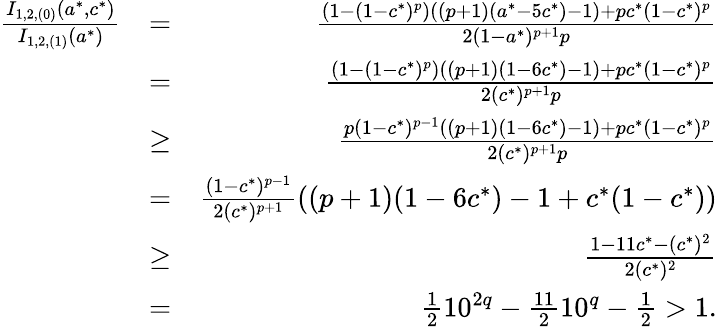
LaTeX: \begin{array}{rlr}{\frac{I_{1,2,(0)}(a^{*},c^{*})}{I_{1,2,(1)}(a^{*})}}&{=}&{\frac{(1-(1-c^{*})^{p})((p+1)(a^{*}-5c^{*})-1)+pc^{*}(1-c^{*})^{p}}{2(1-a^{*})^{p+1}p}}\\ &{=}&{\frac{(1-(1-c^{*})^{p})((p+1)(1-6c^{*})-1)+pc^{*}(1-c^{*})^{p}}{2(c^{*})^{p+1}p}}\\ &{\ge}&{\frac{p(1-c^{*})^{p-1}((p+1)(1-6c^{*})-1)+pc^{*}(1-c^{*})^{p}}{2(c^{*})^{p+1}p}}\\ &{=}&{\frac{(1-c^{*})^{p-1}}{2(c^{*})^{p+1}}((p+1)(1-6c^{*})-1+c^{*}(1-c^{*}))}\\ &{\ge}&{\frac{1-11c^{*}-(c^{*})^{2}}{2(c^{*})^{2}}}\\ &{=}&{\frac{1}{2}10^{2q}-\frac{11}{2}10^{q}-\frac{1}{2}>1.}\end{array}